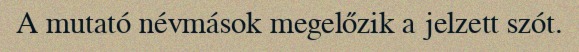
A mutató névmások megelőzik a jelzett szót.